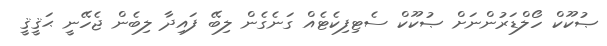
ޞުކޫކް ހޯލްޑަރުންނަށް ޞުކޫކް ސެޓިފިކެޓެއް ގަނެގެން ލިބޭ ފައިދާ ލިބެން ޖެހޭނީ ޙަޤީޤީ